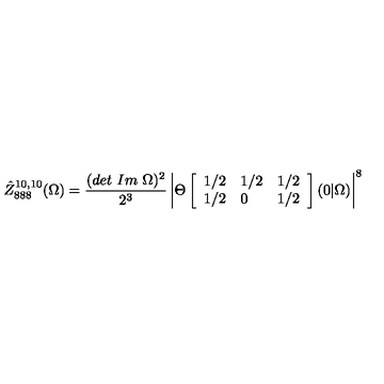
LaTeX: \hat { Z } _ { 8 8 8 } ^ { 1 0 , 1 0 } ( \Omega ) = \frac { ( d e t \ I m \ \Omega ) ^ { 2 } } { 2 ^ { 3 } } \left| \Theta \left[ \begin{array} { l l l } { 1 / 2 } & { 1 / 2 } & { 1 / 2 } \\ { 1 / 2 } & { 0 } & { 1 / 2 } \\ \end{array} \right] ( 0 \vert \Omega ) \right| ^ { 8 }